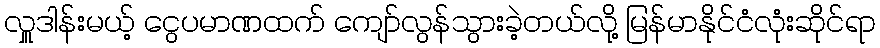
လှူဒါန်းမယ့် ငွေပမာဏထက် ကျော်လွန်သွားခဲ့တယ်လို့ မြန်မာနိုင်ငံလုံးဆိုင်ရာ